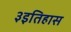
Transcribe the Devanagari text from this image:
३इतिहास